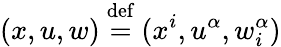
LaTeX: (x,u,w)\ {\stackrel{\mathrm{def}}{=}}\ (x^{i},u^{\alpha},w_{i}^{\alpha})